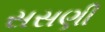
સસણી